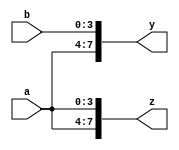
module conrep(
  input [3:0]a,b,
  output reg [7:0]y,z);
  
  initial begin
    y={a,b};
    z={2{a}};
    
  end
endmodule